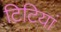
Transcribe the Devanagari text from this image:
टिटियां